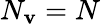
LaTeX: N_{\mathbf{v}}=N